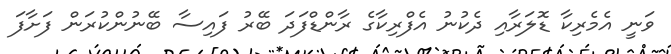
ވަނީ އެމެރިކާ ޑޮލަރާއި ދެކުނު އެފްރިކާގެ ރާންޑްފަދަ ބޭރު ފައިސާ ބޭނުންކުރަން ފަށާފަ